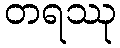
တရဿု